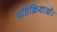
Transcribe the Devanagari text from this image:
प्रतिक्रियाओं।